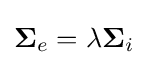
\mathbf {\Sigma } _{e}=\lambda \mathbf {\Sigma } _{i}